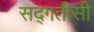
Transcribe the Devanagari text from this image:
सद्गतीसी